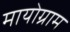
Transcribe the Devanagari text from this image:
मायोग्राम